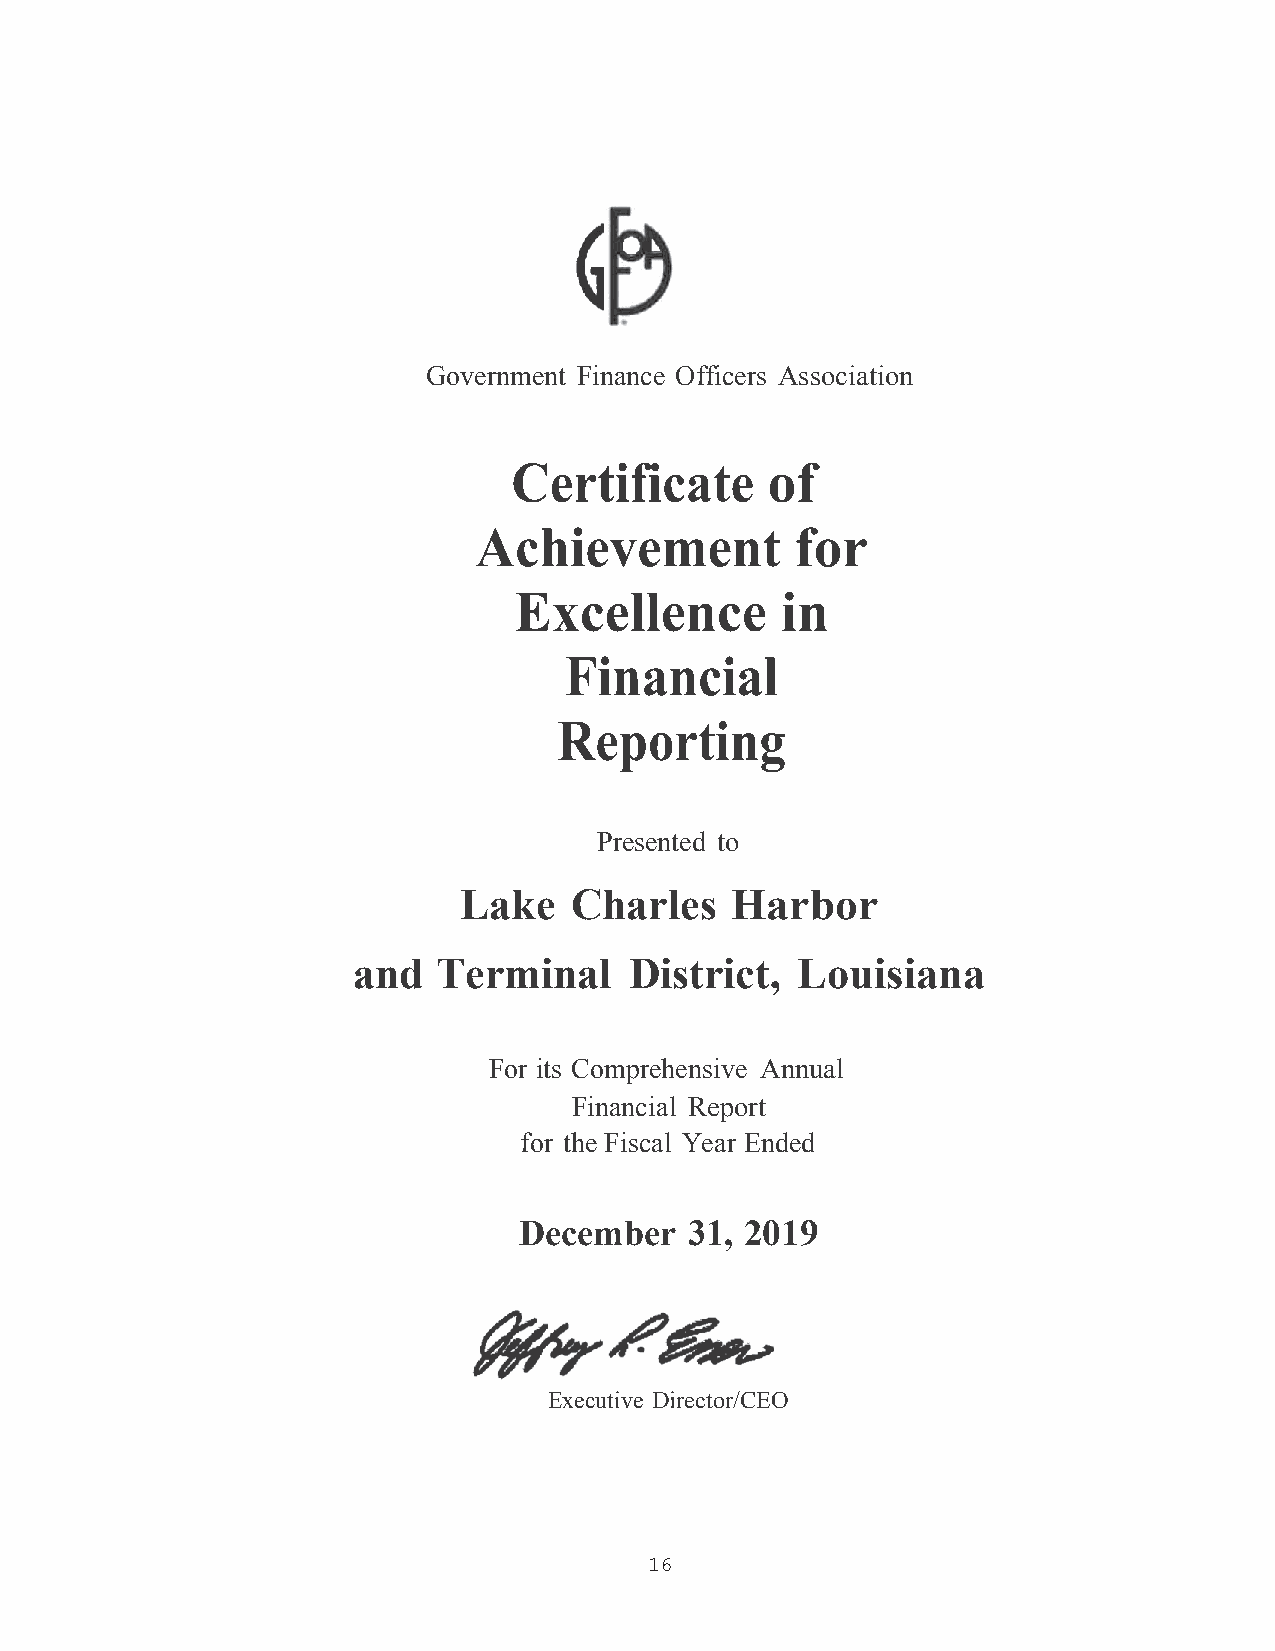
Government Finance Officers Association
 Certificate      of
 Achievement           for
 Excellence        in
 Financial
 Reporting
 Presented to
 Lake    Charles   Harbor
 and   Terminal     District,  Louisiana
 For its Comprehensive Annual
 Financial Report
 for the Fiscal Year Ended
 December    31, 2019
 Executive Director/CEO
 16